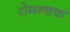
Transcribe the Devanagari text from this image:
रोमन्चक